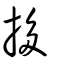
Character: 拸